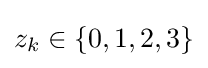
z_{k}\in \{0,1,2,3\}